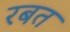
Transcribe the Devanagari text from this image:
रबत